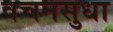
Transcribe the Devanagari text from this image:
वचनसुधा